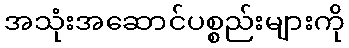
အသုံးအဆောင်ပစ္စည်းများကို